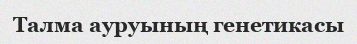
Талма ауруының генетикасы